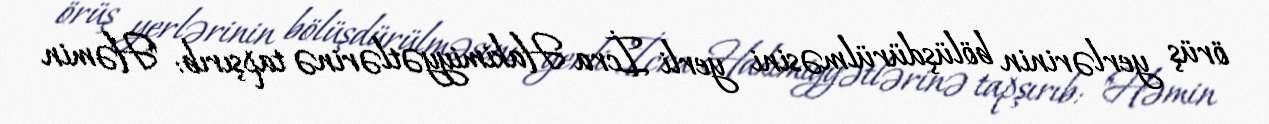
örüş yerlərinin bölüşdürülməsini yerli İcra Hakimiyyətlərinə tapşırıb: "Həmin